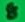
Text: 8